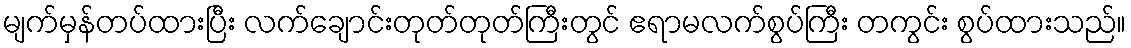
မျက်မှန်တပ်ထားပြီး လက်ချောင်းတုတ်တုတ်ကြီးတွင် ဧရာမလက်စွပ်ကြီး တကွင်း စွပ်ထားသည်။